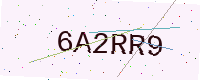
Text: 6A2RR9